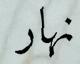
نهار